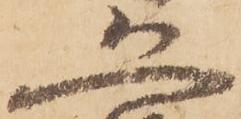
恐